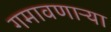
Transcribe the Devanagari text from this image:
गमावणाऱ्या